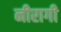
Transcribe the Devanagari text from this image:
नीरागी